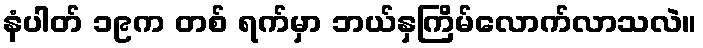
နံပါတ် ၁၉က တစ် ရက်မှာ ဘယ်နှကြိမ်လောက်လာသလဲ။